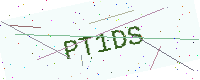
Text: PT1DS